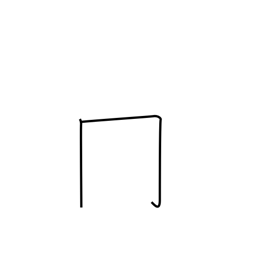
Meaning: upside-down box radical (no. 13)